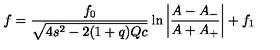
f = \frac { f _ { 0 } } { \sqrt { 4 s ^ { 2 } - 2 ( 1 + q ) Q c } } \ln { \left| \frac { A - A _ { - } } { A + A _ { + } } \right| } + f _ { 1 }